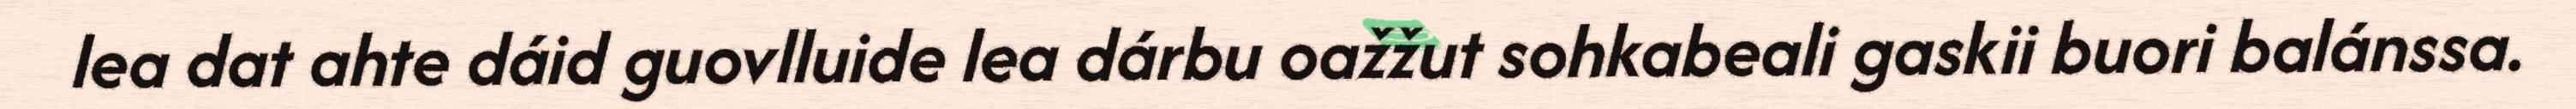
lea dat ahte dáid guovlluide lea dárbu oažžut sohkabeali gaskii buori balánssa.